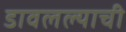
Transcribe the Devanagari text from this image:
डावलल्याची